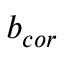
b _ { c o r }